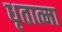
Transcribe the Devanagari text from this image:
धृतात्मा